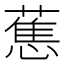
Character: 𮶴